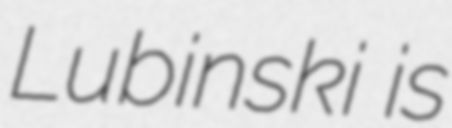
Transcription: Lubinski is